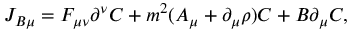
J _ { B \mu } = F _ { \mu \nu } \partial ^ { \nu } { \cal C } + m ^ { 2 } ( A _ { \mu } + \partial _ { \mu } \rho ) { \cal C } + B \partial _ { \mu } { \cal C } ,